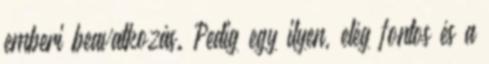
emberi beavatkozás. Pedig egy ilyen, elég fontos és a